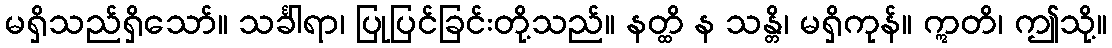
မရှိသည်ရှိသော်။ သင်္ခါရာ၊ ပြုပြင်ခြင်းတို့သည်။ နတ္ထိ န သန္တိ၊ မရှိကုန်။ ဣတိ၊ ဤသို့။